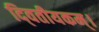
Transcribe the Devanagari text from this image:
दि्वतीयकम्।